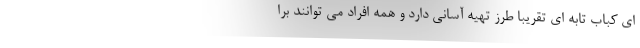
ای کباب تابه ای تقریبا طرز تهیه آسانی دارد و همه افراد می توانند برا